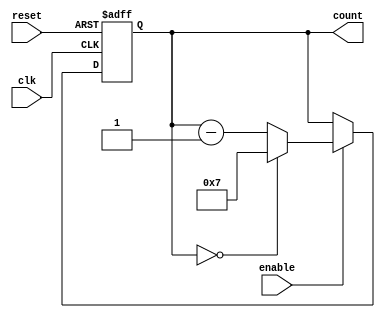
module ModuloN_Down_Counter (
    input wire clk,
    input wire enable,
    input wire reset,
    output reg [N-1:0] count
);

parameter N = 8; // set N as desired counter size

always @(posedge clk or posedge reset) begin
    if (reset) begin
        count <= N-1;
    end else begin
        if (enable) begin
            if (count == 0) begin
                count <= N-1;
            end else begin
                count <= count - 1;
            end
        end
    end
end

endmodule